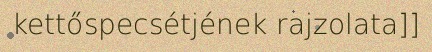
kettőspecsétjének rajzolata]]